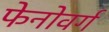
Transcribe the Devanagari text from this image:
फेनोवर्ग